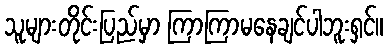
သူများတိုင်းပြည်မှာ ကြာကြာမနေချင်ပါဘူးရှင်။